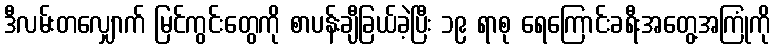
ဒီလမ်းတလျှောက် မြင်ကွင်းတွေကို စာပန်းချီခြယ်ခဲ့ပြီး ၁၉ ရာစု ရေကြောင်းခရီးအတွေ့အကြုံကို